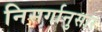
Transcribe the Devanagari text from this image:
निसर्गानुसार